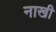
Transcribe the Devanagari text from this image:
नाखी